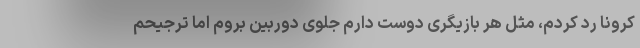
کرونا رد کردم، مثل هر بازیگری دوست دارم جلوی دوربین بروم اما ترجیحم